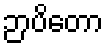
ဉာပိတော